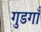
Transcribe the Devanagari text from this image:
गुडगाँ